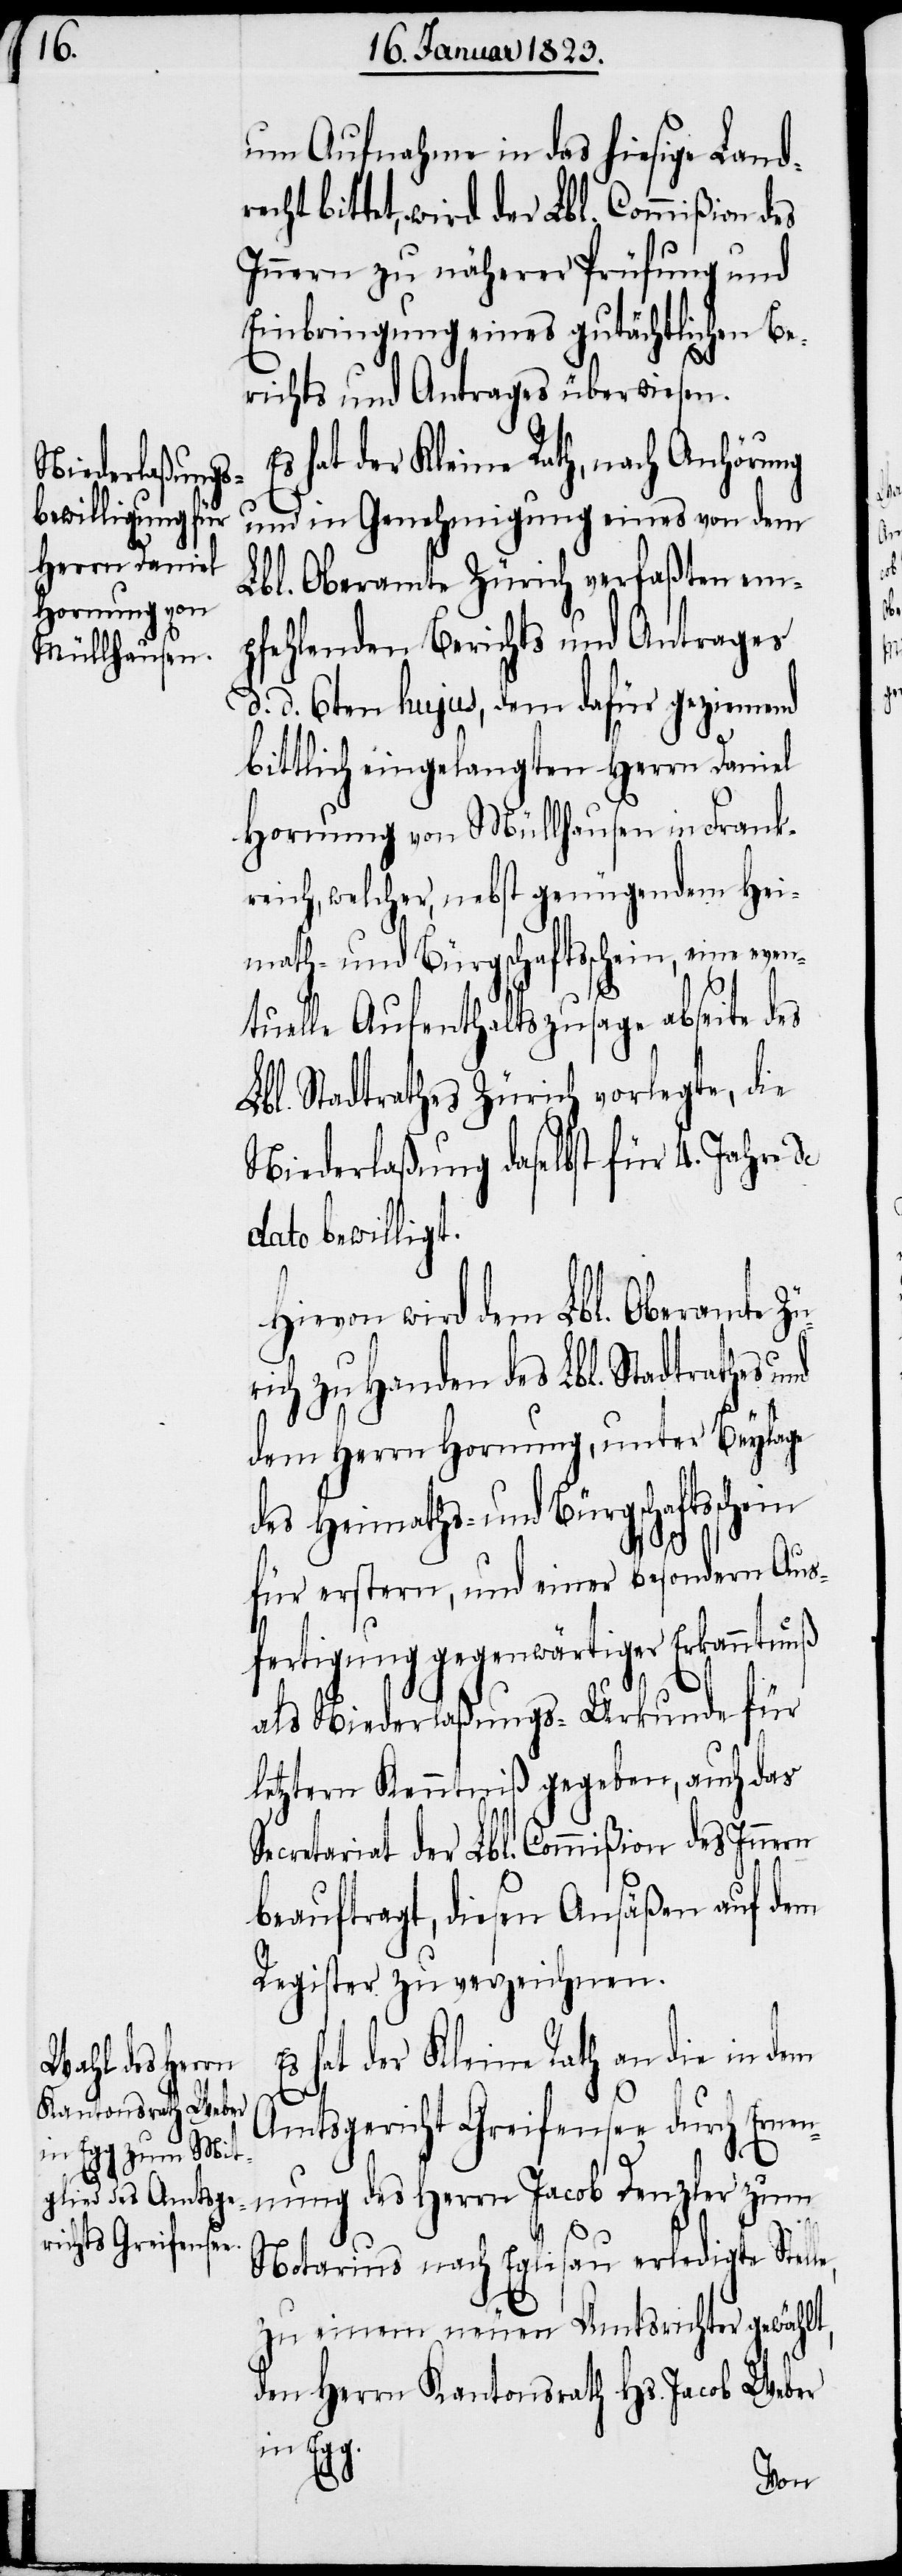
um Aufnahme in das hiesige Landr¬
echt bittet, wird der Lbl. Commißion des
Innern zu näherer Prüfung und
Einbringung eines gutächtlichen Be¬
richts und Antrages überwiesen.
s hat der Kleine Rath, nach Anhörung
und in Genehmigung eines von dem
Lbl. Oberamte Zürich verfaßten em¬
pfehlenden Berichts und Antrages
d. d. 6ten hujus, dem dafür geziemend
bittlich eingelangten Herrn Daniel
Hornung von Müllhausen in Frank¬
reich, welcher, nebst genügendem Hei¬
math- und Bürgschaftsschein, eine even¬
le,
tuelle Aufenthaltszusage abseite des
Lbl. Stadtrathes Zürich vorlegte, die
Niederlaßung daselbst für 4. Jahre de
dato bewilligt.
Hievon wird dem Lbl. Oberamte Zü¬
ich zu Handen des Lbl. Stadtrathes
dem Herrn Hornung, unter Beylage
des Heimaths- und Bürgschaftssche¬
für erstern, und einer besondern Aus¬
fertigung gegenwärtiger Erkanntnuß
als Niederlaßungs-Urkunde für
letztern Kenntniß gegeben, auch das
Secretariat der Lbl. Commißion des Inne¬
beauftragt, diesen Ansäßen auf dem
Register zu verzeichnen.
s hat der Kleine Rath an die in dem
E¬
Amtsgericht Greifensee durch Ernen¬
nung des Herrn Jacob Denzler zum
Notarius nach Eglisau erledigte Stel¬
zu einem neuen Amtsrichter gewählt,
den Herrn Kantonsrath Hs. Jacob Weber
in Egg.